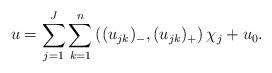
LaTeX: \begin{align*} u = \sum_{j=1}^J \sum_{k=1}^n \left((u_{jk})_-, (u_{jk})_+\right)\chi_j + u_0.\end{align*}